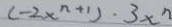
( - 2 x ^ { n + 1 } ) \cdot 3 x ^ { n }